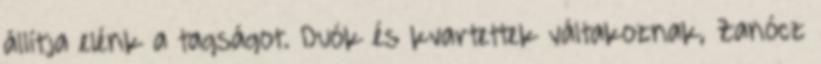
állítja elénk a tagságot. Duók és kvartettek váltakoznak, Zanócz